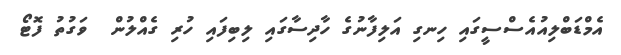
އެމްޑަބްލިއުއެސްސީގައި ހިނގި އަލިފާނުގެ ހާދިސާގައި ލިބިފައި ހުރި ގެއްލުން  ވަގުތު ފޮޓޯ